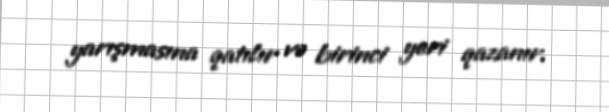
yarışmasına qatılır və birinci yeri qazanır.